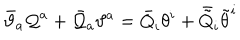
\bar { \vartheta } _ { a } { \cal Q } ^ { a } + \bar { { \cal Q } } _ { a } \vartheta ^ { a } = \bar { Q } _ { i } \theta ^ { i } + \bar { \tilde { Q } } _ { i } \tilde { \theta } ^ { i }